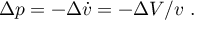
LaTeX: \Delta p = - \Delta \dot { v } = - \Delta V / v \ .